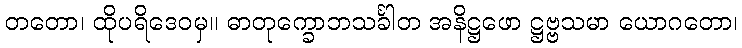
တတော၊ ထိုပရိဒေဝမှ။ ဓာတုက္ခောဘသင်္ခါတ အနိဋ္ဌဖော ဋ္ဌဗ္ဗသမာ ယောဂတော၊